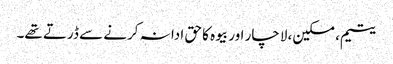
یتیم، مسکین، لاچار اور بیوہ کا حق ادا نہ کرنے سے ڈرتے تھے۔